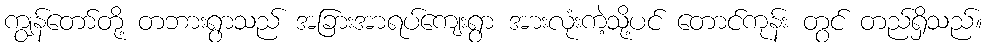
ကျွန်တော်တို့ တဘားရွာသည် အခြားအာရပ်ကျေးရွာ အားလုံးကဲ့သို့ပင် တောင်ကုန်း တွင် တည်ရှိသည်။